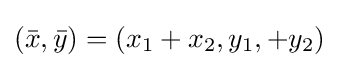
({\bar {x}},{\bar {y}})=(x_{1}+x_{2},y_{1},+y_{2})